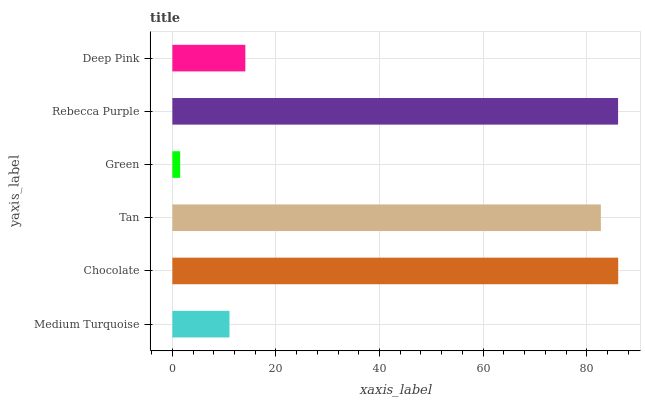
| yaxis_label | bars |
 | --- | --- |
 | Medium Turquoise | 11 |
 | Chocolate | 86.1 |
 | Tan | 82.7 |
 | Green | 1.5 |
 | Rebecca Purple | 86.1 |
 | Deep Pink | 14.1 |